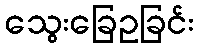
သွေးခြေဥခြင်း